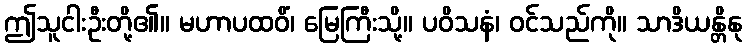
ဤသူငါးဦးတို့၏။ မဟာပထဝိံ၊ မြေကြီးသို့။ ပဝိသနံ၊ ဝင်သည်ကို။ သာဒိယန္တိနု